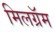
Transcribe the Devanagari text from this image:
मिलग्रॅम